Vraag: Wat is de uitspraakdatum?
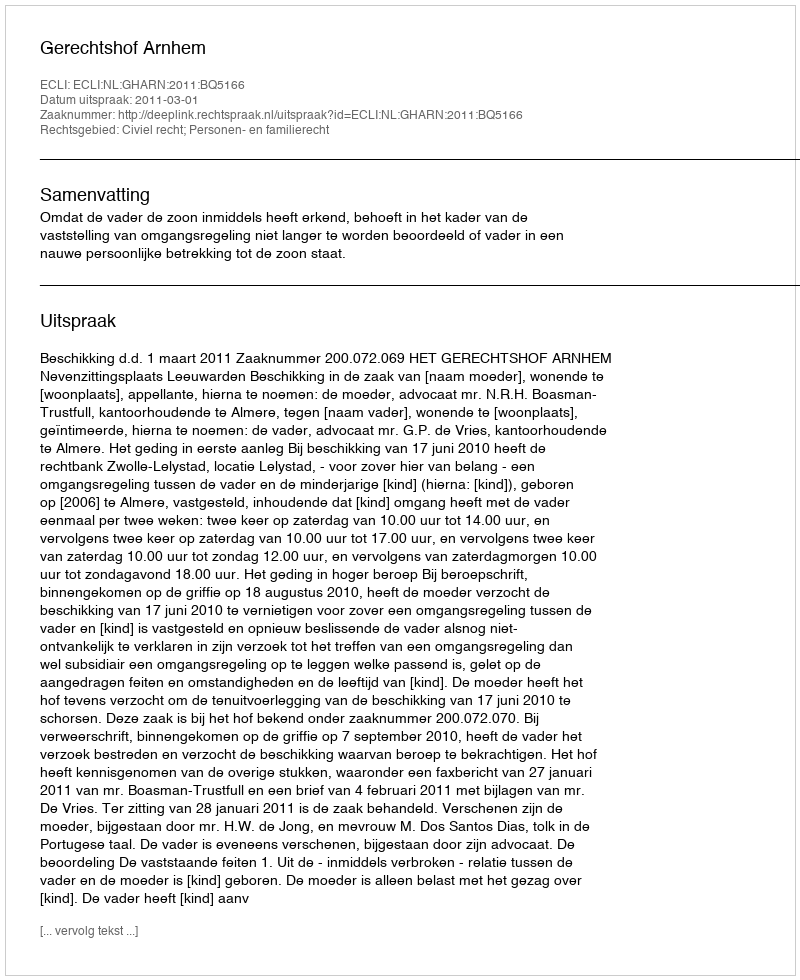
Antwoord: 2011-03-01